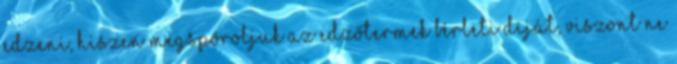
edzeni, hiszen megspóroljuk az edzőtermek bérleti díját, viszont ne